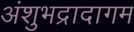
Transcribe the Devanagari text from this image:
अंशुभद्रादागम